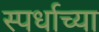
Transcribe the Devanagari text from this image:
स्पर्धाच्या